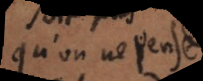
qu’on ne pense